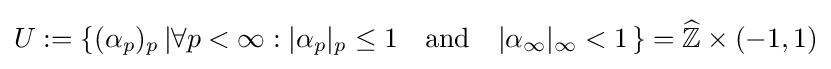
U:=\left\{(\alpha _{p})_{p}\left|\forall p<\infty :|\alpha _{p}|_{p}\leq 1\quad {\text{and}}\quad |\alpha _{\infty }|_{\infty }<1\right.\right\}={\widehat {\mathbb {Z} }}\times (-1,1)